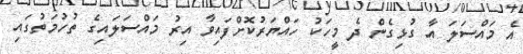
އެ މައްސަލަ އާ ގުޅިގެން ދެ މީހަކު ހައްޔަރުކޮށްފައިވާ އިރު މައްސަލައިގެ ތުހުމަތުގައި